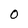
Character: O